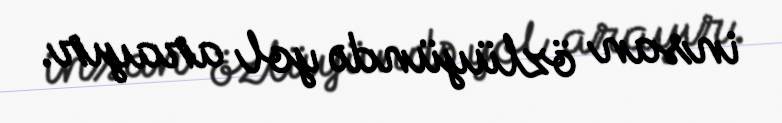
insan özlüyündə yol arayır.